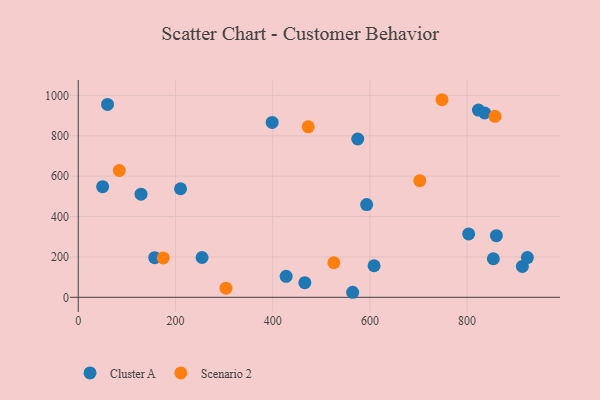
{"axis": {"x": "Distance", "y": "Profit"}, "legend": ["Cluster A", "Scenario 2"], "data": [{"x": "254.7", "y": 197.1, "type": "Cluster A"}, {"x": "608.6", "y": 156.3, "type": "Cluster A"}, {"x": "836.2", "y": 912.7, "type": "Cluster A"}, {"x": "593.3", "y": 459.2, "type": "Cluster A"}, {"x": "157.2", "y": 196.2, "type": "Cluster A"}, {"x": "466.1", "y": 72.3, "type": "Cluster A"}, {"x": "854.0", "y": 190.9, "type": "Cluster A"}, {"x": "575.0", "y": 783.9, "type": "Cluster A"}, {"x": "60.2", "y": 955.4, "type": "Cluster A"}, {"x": "50.1", "y": 548.0, "type": "Cluster A"}, {"x": "427.7", "y": 103.7, "type": "Cluster A"}, {"x": "823.3", "y": 927.2, "type": "Cluster A"}, {"x": "860.2", "y": 305.3, "type": "Cluster A"}, {"x": "210.4", "y": 537.7, "type": "Cluster A"}, {"x": "564.5", "y": 24.9, "type": "Cluster A"}, {"x": "129.1", "y": 510.9, "type": "Cluster A"}, {"x": "913.7", "y": 153.0, "type": "Cluster A"}, {"x": "398.9", "y": 866.0, "type": "Cluster A"}, {"x": "803.2", "y": 314.0, "type": "Cluster A"}, {"x": "924.0", "y": 196.7, "type": "Cluster A"}, {"x": "303.8", "y": 45.3, "type": "Scenario 2"}, {"x": "174.7", "y": 194.8, "type": "Scenario 2"}, {"x": "748.3", "y": 978.5, "type": "Scenario 2"}, {"x": "525.8", "y": 171.0, "type": "Scenario 2"}, {"x": "84.3", "y": 628.0, "type": "Scenario 2"}, {"x": "473.1", "y": 844.3, "type": "Scenario 2"}, {"x": "702.6", "y": 577.4, "type": "Scenario 2"}, {"x": "857.4", "y": 896.4, "type": "Scenario 2"}]}